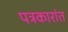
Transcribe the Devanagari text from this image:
पत्रकारांत